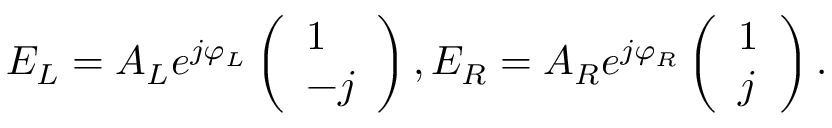
E _ { L } = A _ { L } e ^ { j \varphi _ { L } } \left( \begin{array} { l } { 1 } \\ { - j } \end{array} \right) , E _ { R } = A _ { R } e ^ { j \varphi _ { R } } \left( \begin{array} { l } { 1 } \\ { j } \end{array} \right) .